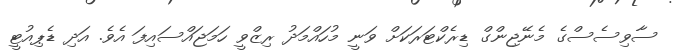
ސާވިސެސްގެ މެނޭޖިންގް ޑިރެކްޓަރަކަށް ވަނީ މުހައްމަދު ރިޒްވީ ހަމަޖައްސައިފަ އެވެ. އަދި ޑެޕިއުޓީ